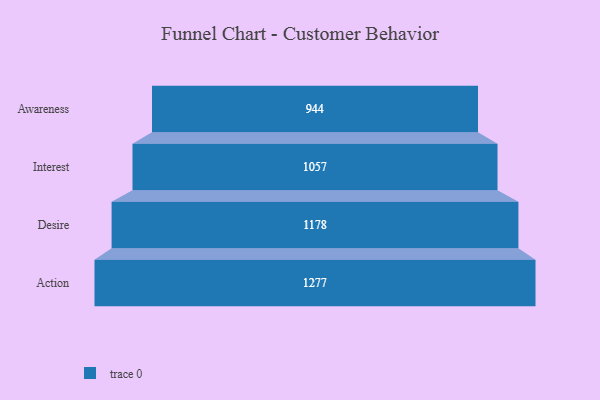
{"axis": {"x": "Stage", "y": "Value"}, "legend": [""], "data": [{"x": "Awareness", "y": 944.0, "type": ""}, {"x": "Interest", "y": 1057.0, "type": ""}, {"x": "Desire", "y": 1178.0, "type": ""}, {"x": "Action", "y": 1277.0, "type": ""}]}